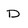
Character: D